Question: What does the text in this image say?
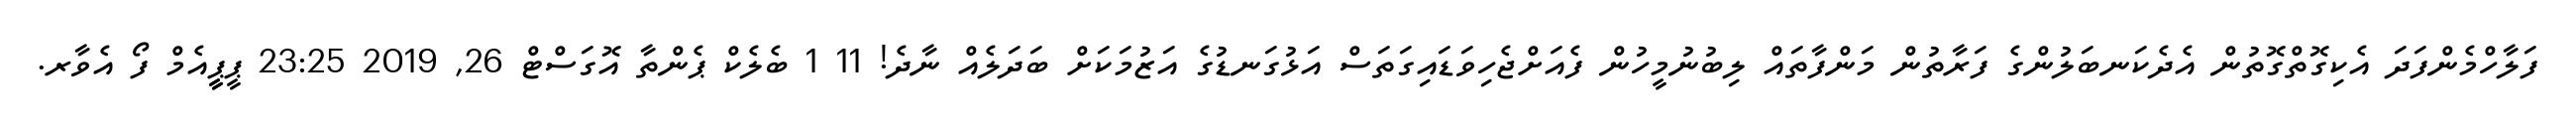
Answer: ފަލާހްމެންފަދަ އެކިގޮތްގޮތުން އެދެކަނބަލުންގެ ފަރާތުން މަންފާތައް ލިބުނުމީހުން ފެއަށްޖެހިވަޑައިގަތަސް އަޅުގަނޑުގެ އަޒުމަކަށް ބަދަލެއް ނާދެ! 11 1 ބެލެކް ޕެންތާ އޮގަސްޓް 26, 2019 23:25 ޕީޕީީއެމް ފޯ އެވާރ.